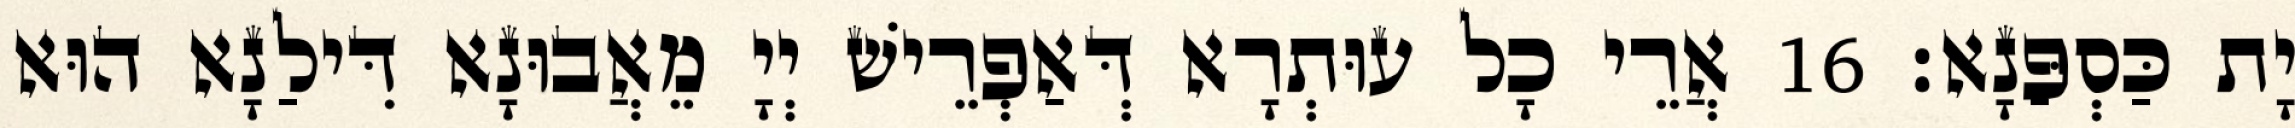
יָת כַּסְפַּנָא׃ 16 אֲרֵי כָל עוּתְרָא דְּאַפְרֵישׁ יְיָ מֵאֲבוּנָא דִּילַנָא הוּא